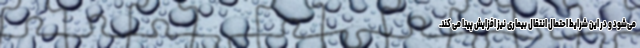
می‌شود و در این شرایط احتمال انتقال بیماری نیز افزایش پیدا می کند.